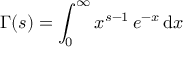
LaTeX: \Gamma ( s ) = \int _ { 0 } ^ { \infty } x ^ { s - 1 } \, e ^ { - x } \, \mathrm { d } x